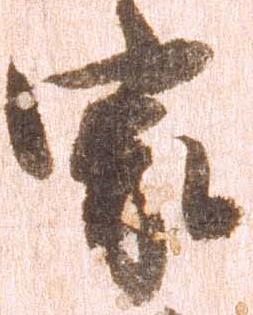
家